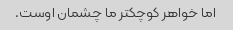
اما خواهر کوچکتر ما چشمان اوست.